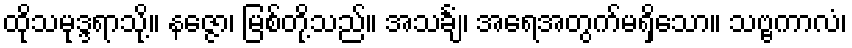
ထိုသမုဒ္ဒရာသို့။ နဇ္ဇော၊ မြစ်တို့သည်။ အသင်္ချံ၊ အရေအတွက်မရှိသော။ သဗ္ဗကာလံ၊